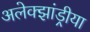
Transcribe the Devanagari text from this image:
अलेक्झांड्रीया